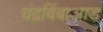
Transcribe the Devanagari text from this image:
चंद्रबिंबाआड